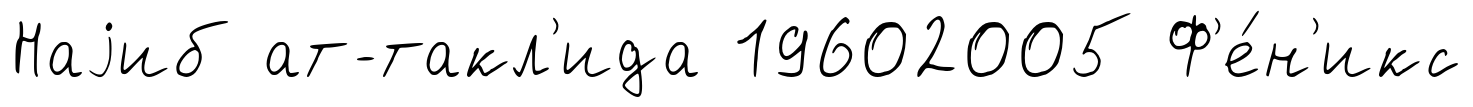
Наjиб ат-такл'ида 19602005 Ф'е́н'икс